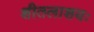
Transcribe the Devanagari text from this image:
शीतलाशयः